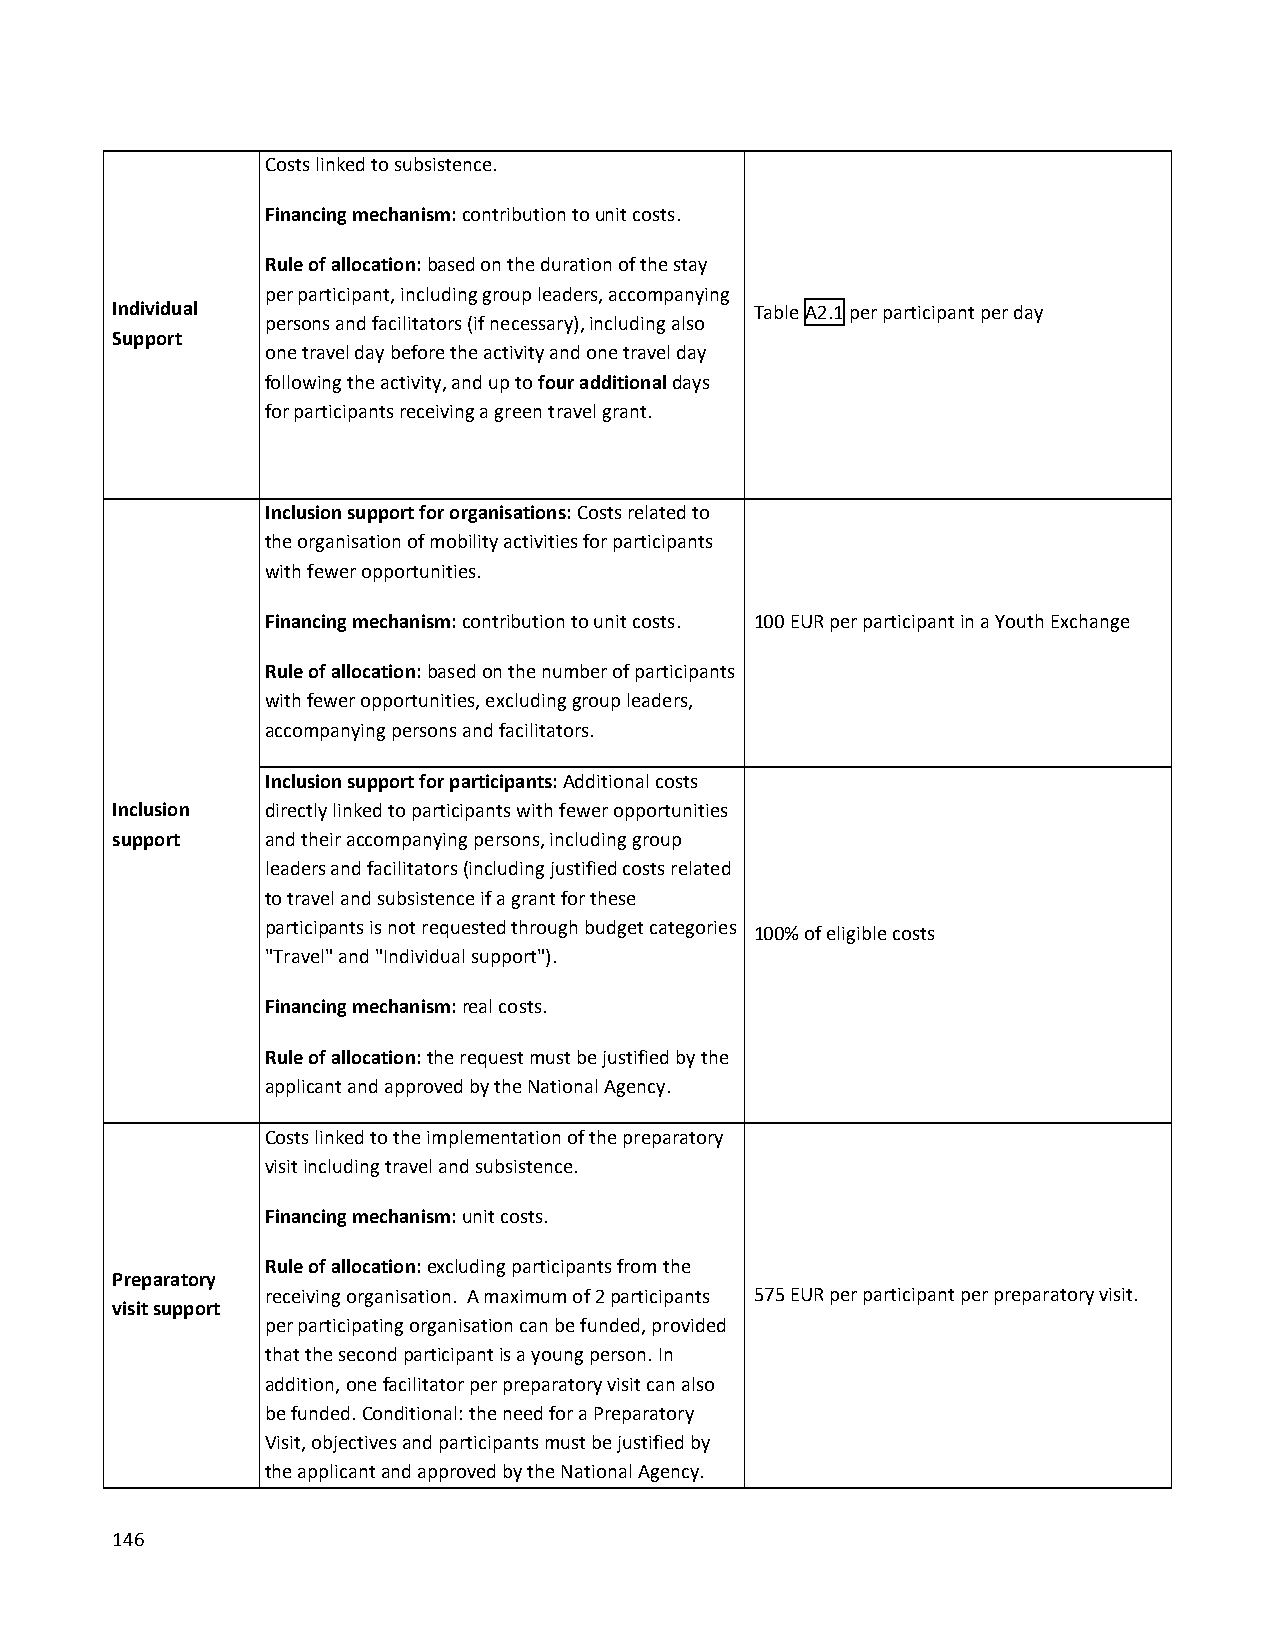
Costs linked to subsistence.
 Financing mechanism: contribution to unit costs.
 Rule of allocation: based on the duration of the stay
 per participant, including group leaders, accompanying
 Individual                                 Table A2.1 per participant per day
 persons and facilitators (if necessary), including also
 Support
 one travel day before the activity and one travel day
 following the activity, and up to four additional days
 for participants receiving a green travel grant.
 Inclusion support for organisations: Costs related to
 the organisation of mobility activities for participants
 with fewer opportunities.
 Financing mechanism: contribution to unit costs. 100 EUR per participant in a Youth Exchange
 Rule of allocation: based on the number of participants
 with fewer opportunities, excluding group leaders,
 accompanying persons and facilitators.
 Inclusion support for participants: Additional costs
 Inclusion  directly linked to participants with fewer opportunities
 support    and their accompanying persons, including group
 leaders and facilitators (including justified costs related
 to travel and subsistence if a grant for these
 participants is not requested through budget categories 100% of eligible costs
 "Travel" and "Individual support").
 Financing mechanism: real costs.
 Rule of allocation: the request must be justified by the
 applicant and approved by the National Agency.
 Costs linked to the implementation of the preparatory
 visit including travel and subsistence.
 Financing mechanism: unit costs.
 Rule of allocation: excluding participants from the
 Preparatory
 receiving organisation. A maximum of 2 participants 575 EUR per participant per preparatory visit.
 visit support
 per participating organisation can be funded, provided
 that the second participant is a young person. In
 addition, one facilitator per preparatory visit can also
 be funded. Conditional: the need for a Preparatory
 Visit, objectives and participants must be justified by
 the applicant and approved by the National Agency.
 146